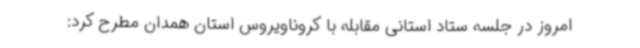
امروز در جلسه ستاد استانی مقابله با کروناویروس استان همدان مطرح کرد: